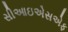
સીઆઇએસએફ